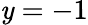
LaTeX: \mathit{y}=-1